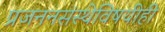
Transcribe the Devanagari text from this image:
प्रजननसंस्थेविषयीही